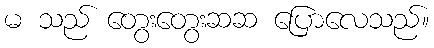
မ သည် တွေးတွေးဆဆ ပြောလေသည်။